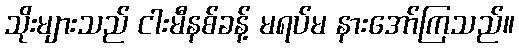
သိုးများသည် ငါးမီနစ်ခန့် မရပ်မ နားအော်ကြသည်။